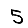
Digit: 5